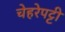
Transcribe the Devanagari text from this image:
चेहरेपट्टी